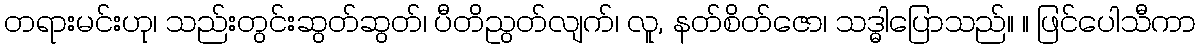
တရားမင်းဟု၊ သည်းတွင်းဆွတ်ဆွတ်၊ ပီတိညွတ်လျက်၊ လူ, နတ်စိတ်ဇော၊ သဒ္ဓါပြောသည်။ ။ ဖြင်ပေါသီကာ